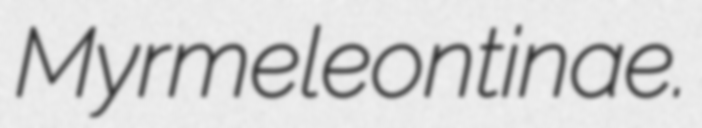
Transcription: Myrmeleontinae.